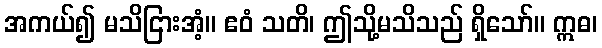
အကယ်၍ မသိငြားအံ့။ ဧဝံ သတိ၊ ဤသို့မသိသည် ရှိသော်။ ဣဓ၊